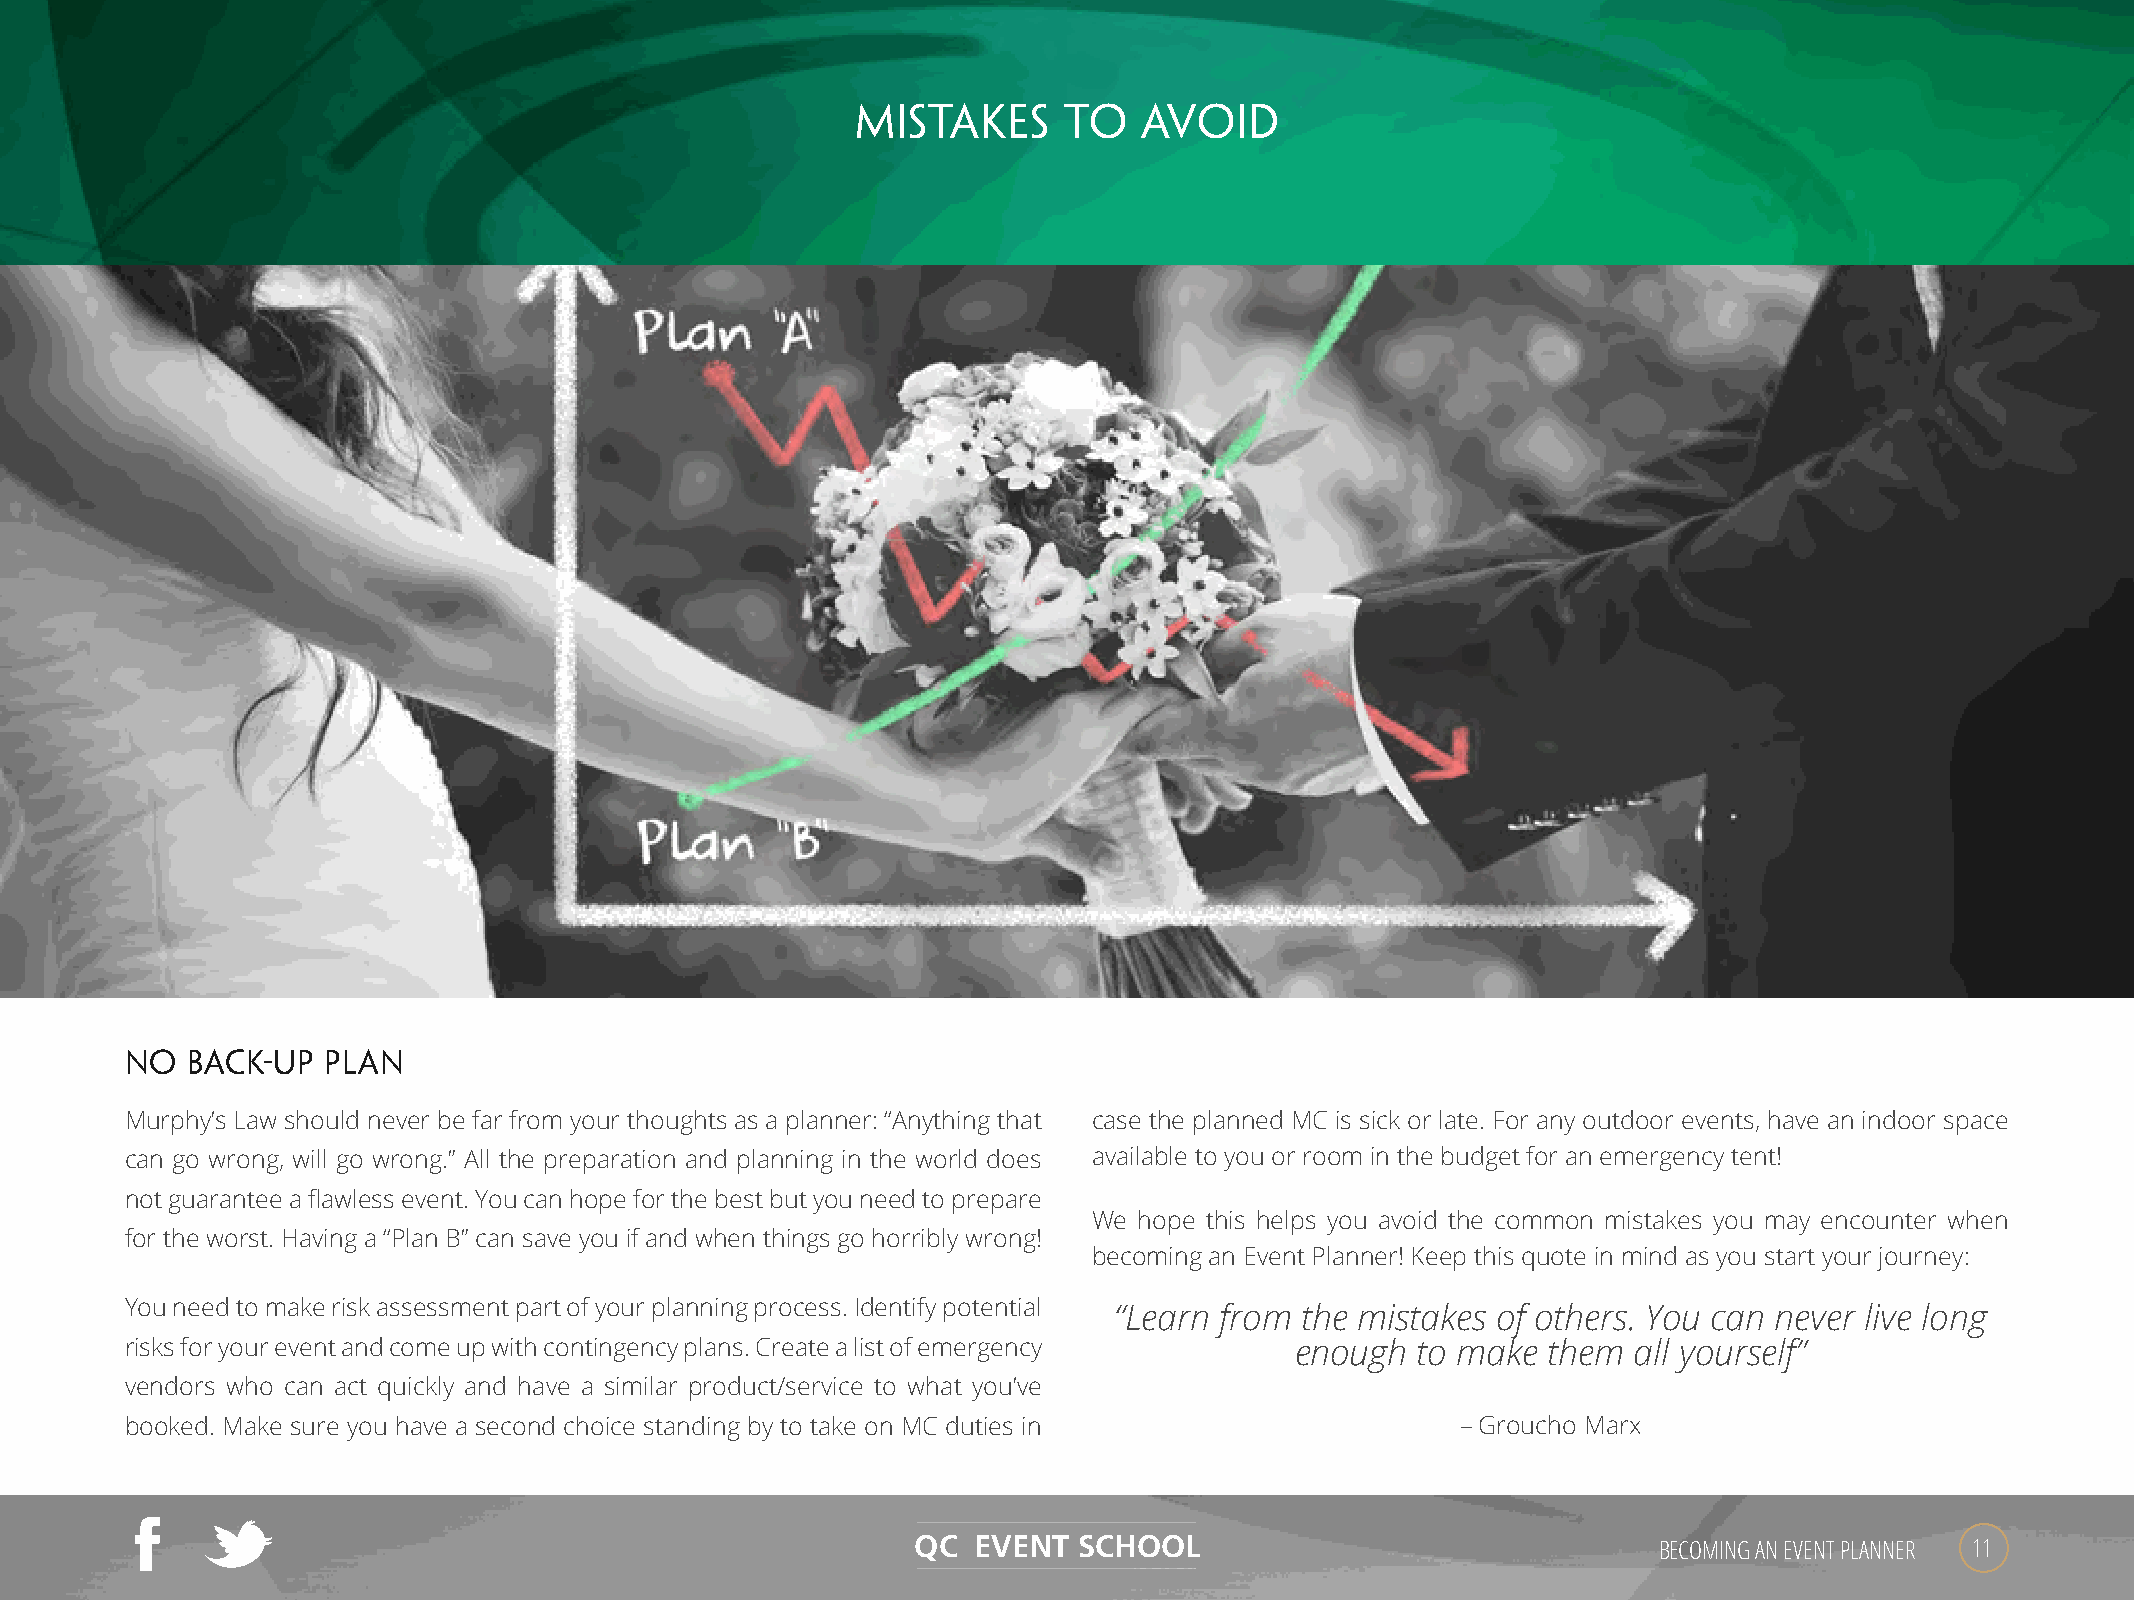
MISTAKES     TO    AVOID
 NO  BACK-UP   PLAN
 Murphy’s Law should never be far from your thoughts as a planner: “Anything that case the planned MC is sick or late. For any outdoor events, have an indoor space
 can go wrong, will go wrong.” All the preparation and planning in the world does available to you or room in the budget for an emergency tent!
 not guarantee a flawless event. You can hope for the best but you need to prepare
 We hope this helps you avoid the common mistakes you may encounter when
 for the worst. Having a “Plan B” can save you if and when things go horribly wrong!
 becoming an Event Planner! Keep this quote in mind as you start your journey:
 You need to make risk assessment part of your planning process. Identify potential “Learn from the mistakes of others. You can never live long
 risks for your event and come up with contingency plans. Create a list of emergency enough to make them all yourself”
 vendors who can act quickly and have a similar product/service to what you’ve
 booked. Make sure you have a second choice standing by to take on MC duties in           – Groucho Marx
 QC EVENT  SCHOOL                                 BECOMING AN EVENT PLANNER 11